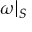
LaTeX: \omega | _ { S }